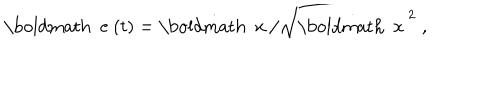
LaTeX: { \mathrm { \boldmath ~ e ~ } } ( t ) = \dot { { \mathrm { \boldmath ~ x ~ } } } / \sqrt { { \dot { { \mathrm { \boldmath ~ x ~ } } } } ^ { 2 } } \; ,